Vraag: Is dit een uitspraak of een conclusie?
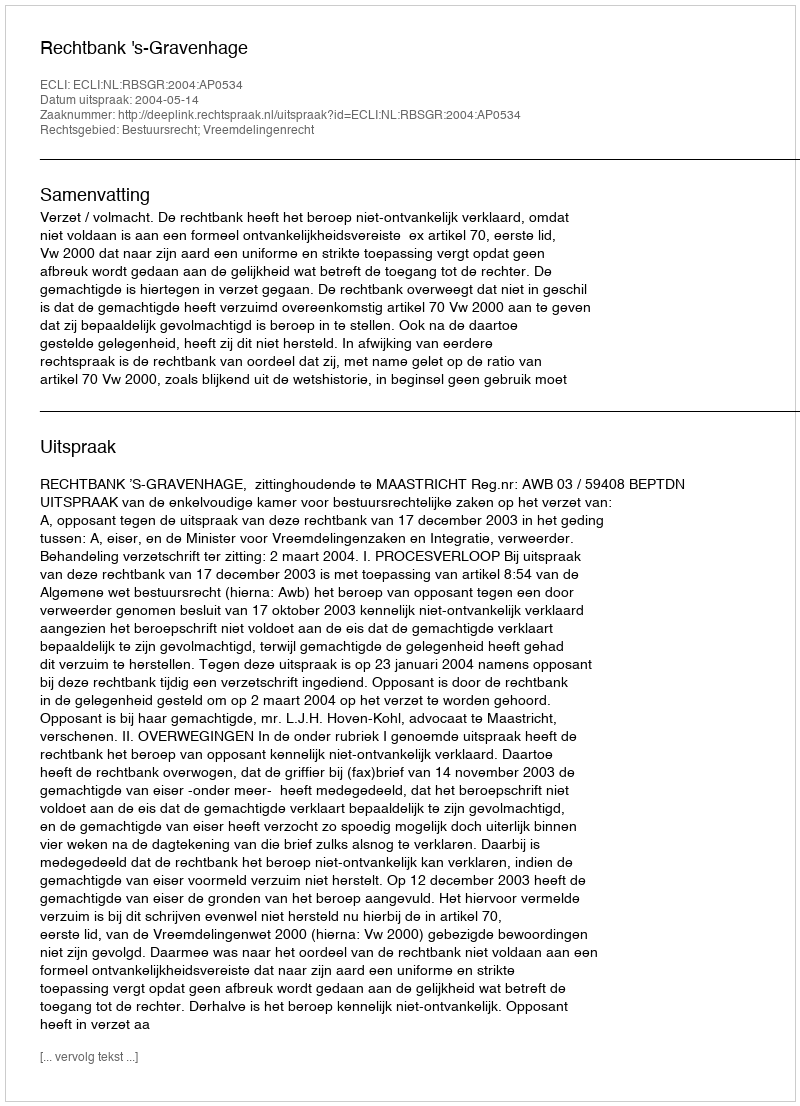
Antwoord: Uitspraak